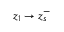
z _ { 1 } \rightarrow z _ { s } ^ { - }